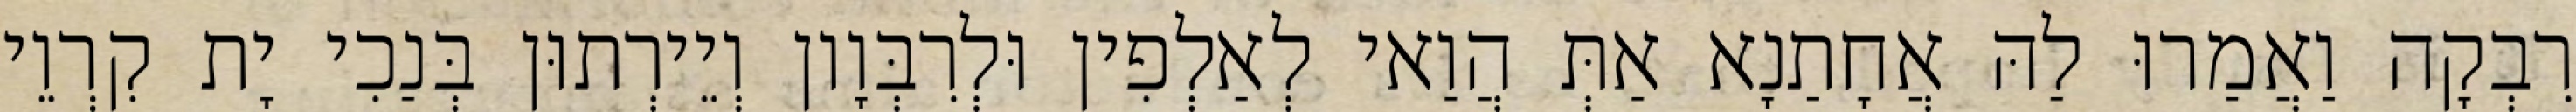
רִבְקָה וַאֲמַרוּ לַהּ אֲחָתַנָא אַתְּ הֲוַאי לְאַלְפִין וּלְרִבְּוָון וְיֵירְתוּן בְּנַכִי יָת קִרְוֵי